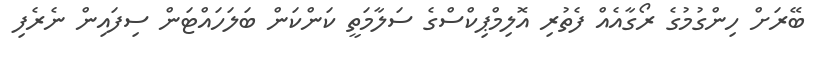
ބޭރަށް ހިންގުމުގެ ރޯގާއެއް ފެތުރި އޮލިމްޕިކްސްގެ ސަލާމަތީ ކަންކަން ބަލަހައްޓަން ސިފައިން ނެރެފި